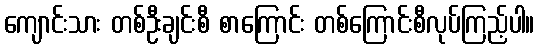
ကျောင်းသား တစ်ဦးချင်းစီ စာကြောင်း တစ်ကြောင်းစီလုပ်ကြည့်ပါ။